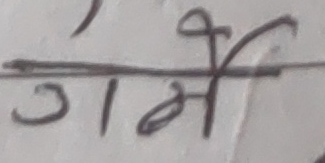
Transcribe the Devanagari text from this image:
गर्भे